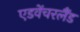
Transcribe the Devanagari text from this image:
एडवेंचरलैंड